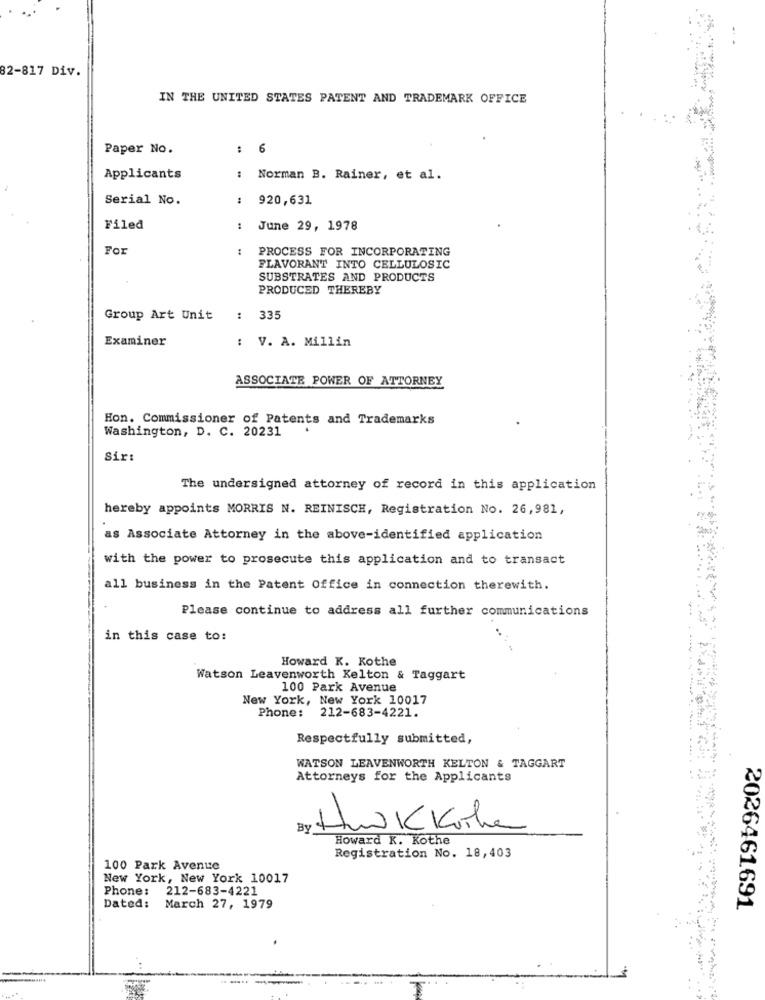
82-817 Div.
IN THE UNITED STATES PATENT AND TRADEMARK OFFICE
Paper No.
: 6
Applicants
: Norman B. Rainer, et al.
Serial No.
:
920,631
Filed
June 29, 1978
For
:
PROCESS FOR INCORPORATING
FLAVORANT INTO CELLULOSIC
SUBSTRATES AND PRODUCTS
PRODUCED THEREBY
Group Art Unit
: 335
Examiner
V. A. Millin
ASSOCIATE POWER OF ATTORNEY
Hon. Commissioner of Patents and Trademarks
Washington, D. C. 20231
Sir:
The undersigned attorney of record in this application
hereby appoints MORRIS N. REINISCH, Registration No. 26,981,
as Associate Attorney in the above-identified application
with the power to prosecute this application and to transact
all business in the Patent Office in connection therewith.
Please continue to address all further communications
in this case to:
44
Howard K. Kothe
Watson Leavenworth Kelton & Taggart
100 Park Avenue
New York, New York 10017
Phone: 212-683-4221.
Respectfully submitted,
WATSON LEAVENWORTH KELTON & TAGGART
Attorneys for the Applicants
By
Husk Koke
Howard K. Kothe
Registration No. 18,403
100 Park Avenue
New York, New York 10017
Phone: 212-683-4221
Dated:
March 27, 1979
2026461.691
----